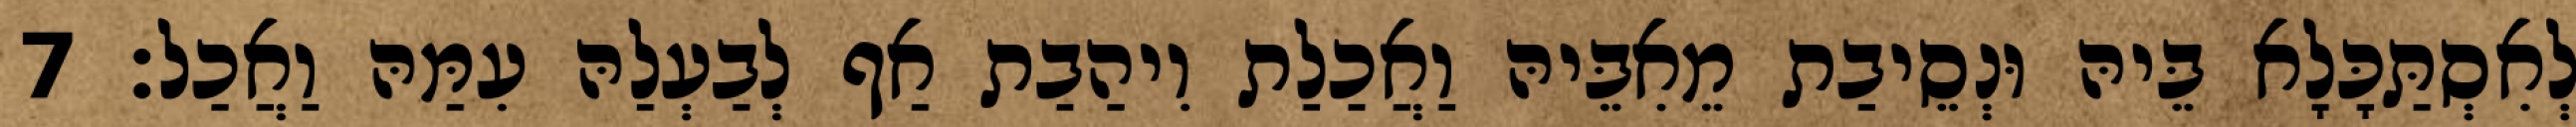
לְאִסְתַּכָּלָא בֵּיהּ וּנְסֵיבַת מֵאִבֵּיהּ וַאֲכַלַת וִיהַבַת אַף לְבַעְלַהּ עִמַּהּ וַאֲכַל׃ 7